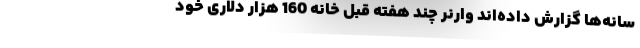
سانه‌ها گزارش داده‌اند وارنر چند هفته قبل خانه 160 هزار دلاری خود